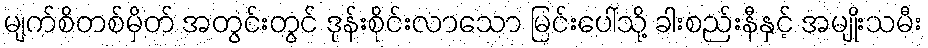
မျက်စိတစ်မှိတ် အတွင်းတွင် ဒုန်းစိုင်းလာသော မြင်းပေါ်သို့ ခါးစည်းနီနှင့် အမျိုးသမီး